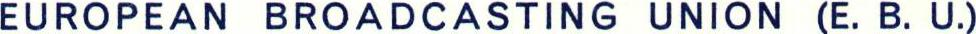
EUROPEAN BROADCASTING UNION (E.B.U.)